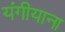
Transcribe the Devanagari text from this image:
यंगीयाना